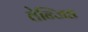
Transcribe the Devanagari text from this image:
तेन्जिङ